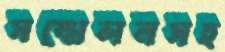
সম্মেলনসহ